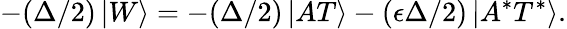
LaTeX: -(\Delta/2)\left|W\right\rangle=-(\Delta/2)\left|AT\right\rangle-(\epsilon\Delta/2)\left|A^{*}T^{*}\right\rangle.